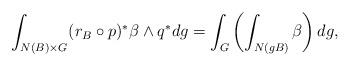
LaTeX: \begin{align*}\int_{N(B)\times G} (r_B\circ p)^*\beta\wedge q^*dg&=\int_G\left(\int_{N(gB)}\beta\right)dg,\end{align*}